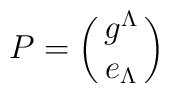
P=\left(\matrix{g^\Lambda \cr e_ \Lambda \cr} \right)